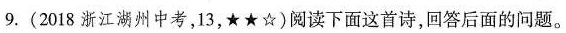
9.(2018浙江湖州中考，13，★★☆)阅读下面这首诗，回答后面的问题。